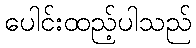
ပေါင်းထည့်ပါသည်